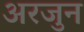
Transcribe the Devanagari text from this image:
अरजुन